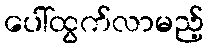
ပေါ်ထွက်လာမည့်